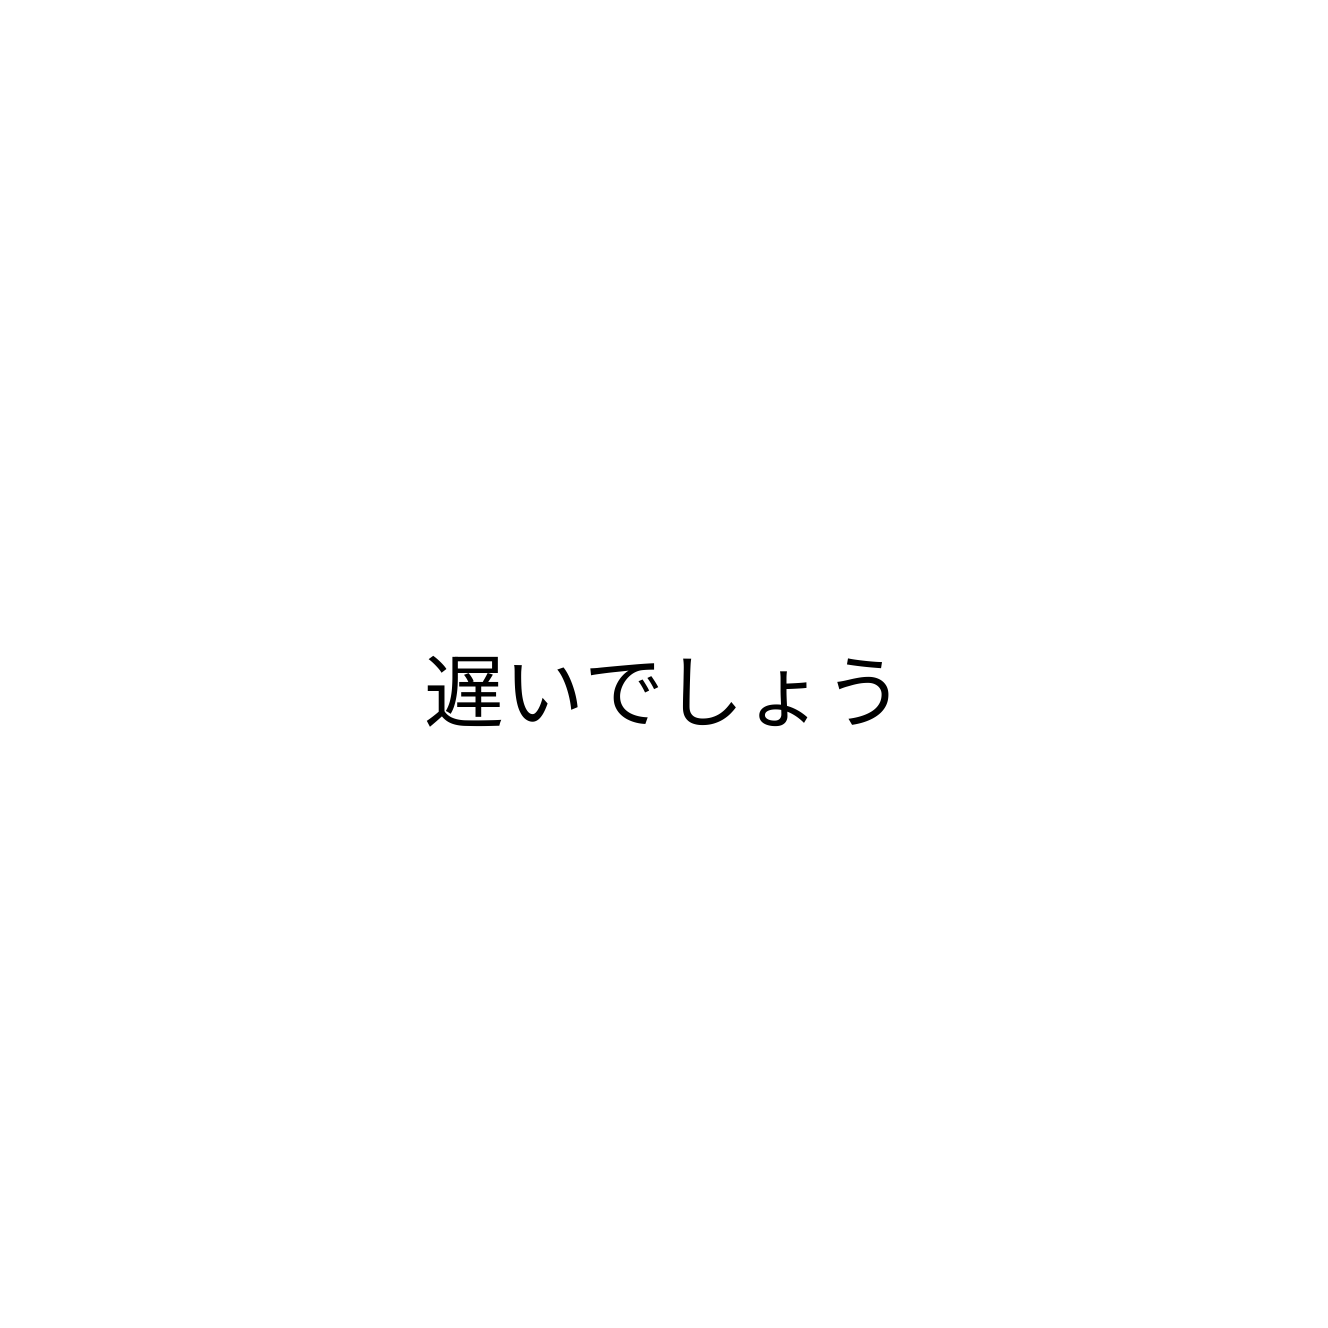
遅いでしょう